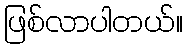
ဖြစ်လာပါတယ်။